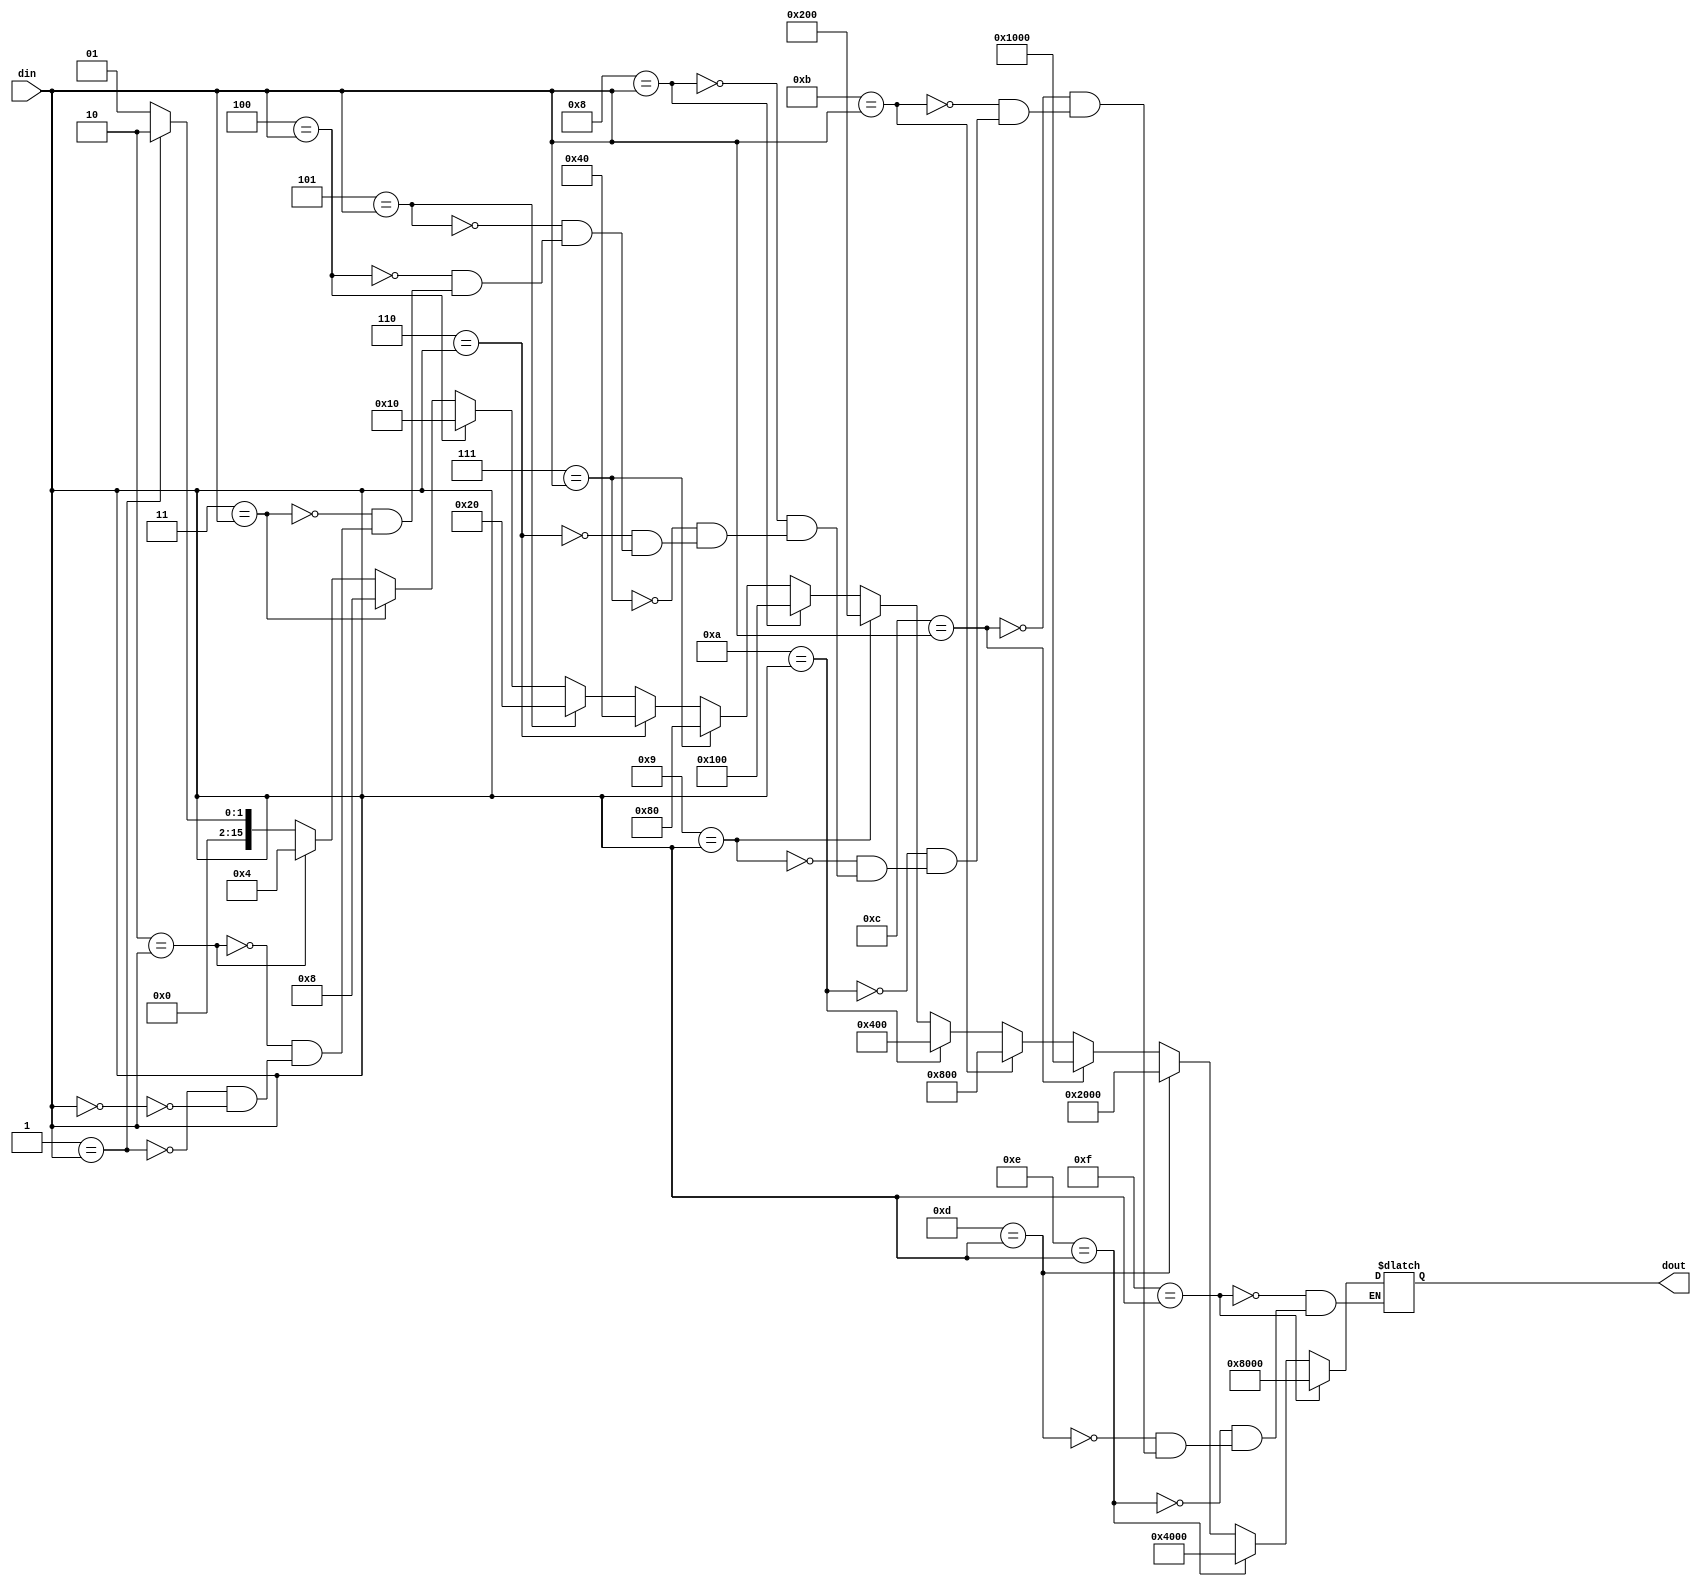
`timescale 1ns / 1ps
//////////////////////////////////////////////////////////////////////////////////
// Company: 
// 
// Design Name: 
// Module Name: decoder
// Project Name: decoder
// Target Devices:
// Tool Versions:
// Description: 
// Dependencies: 
// Revision:
// Revision 0.01 - File Created
// Additional Comments:
// License: MIT
//  Copyright (c) 2020 Dmitry Matyunin
//  Permission is hereby granted, free of charge, to any person obtaining a copy
//  of this software and associated documentation files (the "Software"), to deal
//  in the Software without restriction, including without limitation the rights
//  to use, copy, modify, merge, publish, distribute, sublicense, and/or sell
//  copies of the Software, and to permit persons to whom the Software is
//  furnished to do so, subject to the following conditions:
//
//  The above copyright notice and this permission notice shall be included in
//  all copies or substantial portions of the Software.
//
//  THE SOFTWARE IS PROVIDED "AS IS", WITHOUT WARRANTY OF ANY KIND, EXPRESS OR
//  IMPLIED, INCLUDING BUT NOT LIMITED TO THE WARRANTIES OF MERCHANTABILITY
//  FITNESS FOR A PARTICULAR PURPOSE AND NONINFRINGEMENT. IN NO EVENT SHALL THE
//  AUTHORS OR COPYRIGHT HOLDERS BE LIABLE FOR ANY CLAIM, DAMAGES OR OTHER
//  LIABILITY, WHETHER IN AN ACTION OF CONTRACT, TORT OR OTHERWISE, ARISING FROM,
//  OUT OF OR IN CONNECTION WITH THE SOFTWARE OR THE USE OR OTHER DEALINGS IN
//  THE SOFTWARE.
// 
//////////////////////////////////////////////////////////////////////////////////

module decoder #(
	parameter DATA_WIDTH = 4
)
(
	input wire [DATA_WIDTH-1:0]din,
	output wire [2**DATA_WIDTH-1:0]dout
);

reg [2**DATA_WIDTH-1:0]dec;
integer i;

assign dout = dec;

always @(*) begin
	for (i = 0; i < 2**DATA_WIDTH; i = i + 1) begin
		if (i == din) begin
			dec = 2**i;
		end
	end
end

endmodule